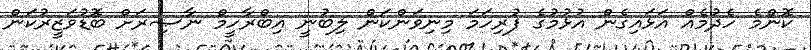
ކޮންމެ ހެދުމެއް އަޅައިގެން އުޅުމުގެ ފުރިހަމަ މިނިވަންކަން ލިބުނީ އިބްރާހީމް ނާޞިރަށް ބޮޑުވަޒީރުކަން